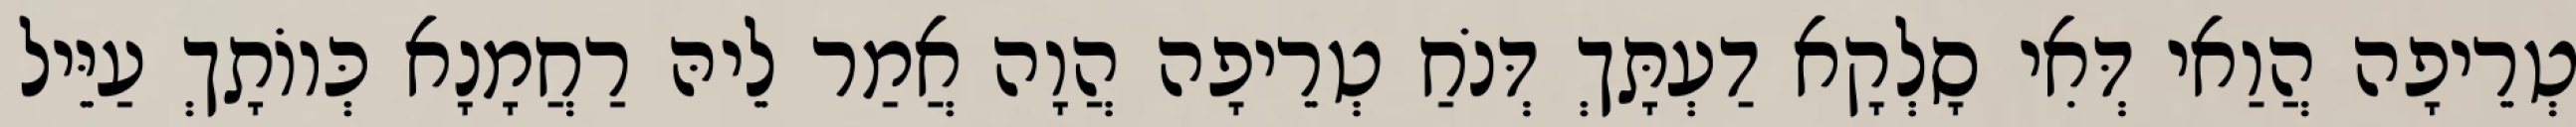
טְרֵיפָה הֲוַאי דְּאִי סָלְקָא דַעְתָּךְ דְּנֹחַ טְרֵיפָה הֲוָה אֲמַר לֵיהּ רַחֲמָנָא כְּווֹתָךְ עַיֵּיל